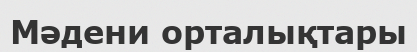
Мәдени орталықтары